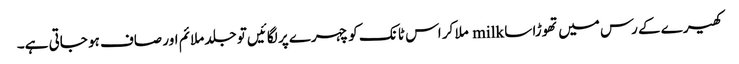
کھیرے کے رس میں تھوڑا سا milk ملا کر اس ٹانک کو چہرے پر لگائیں تو جلد ملائم اور صاف ہو جاتی ہے۔